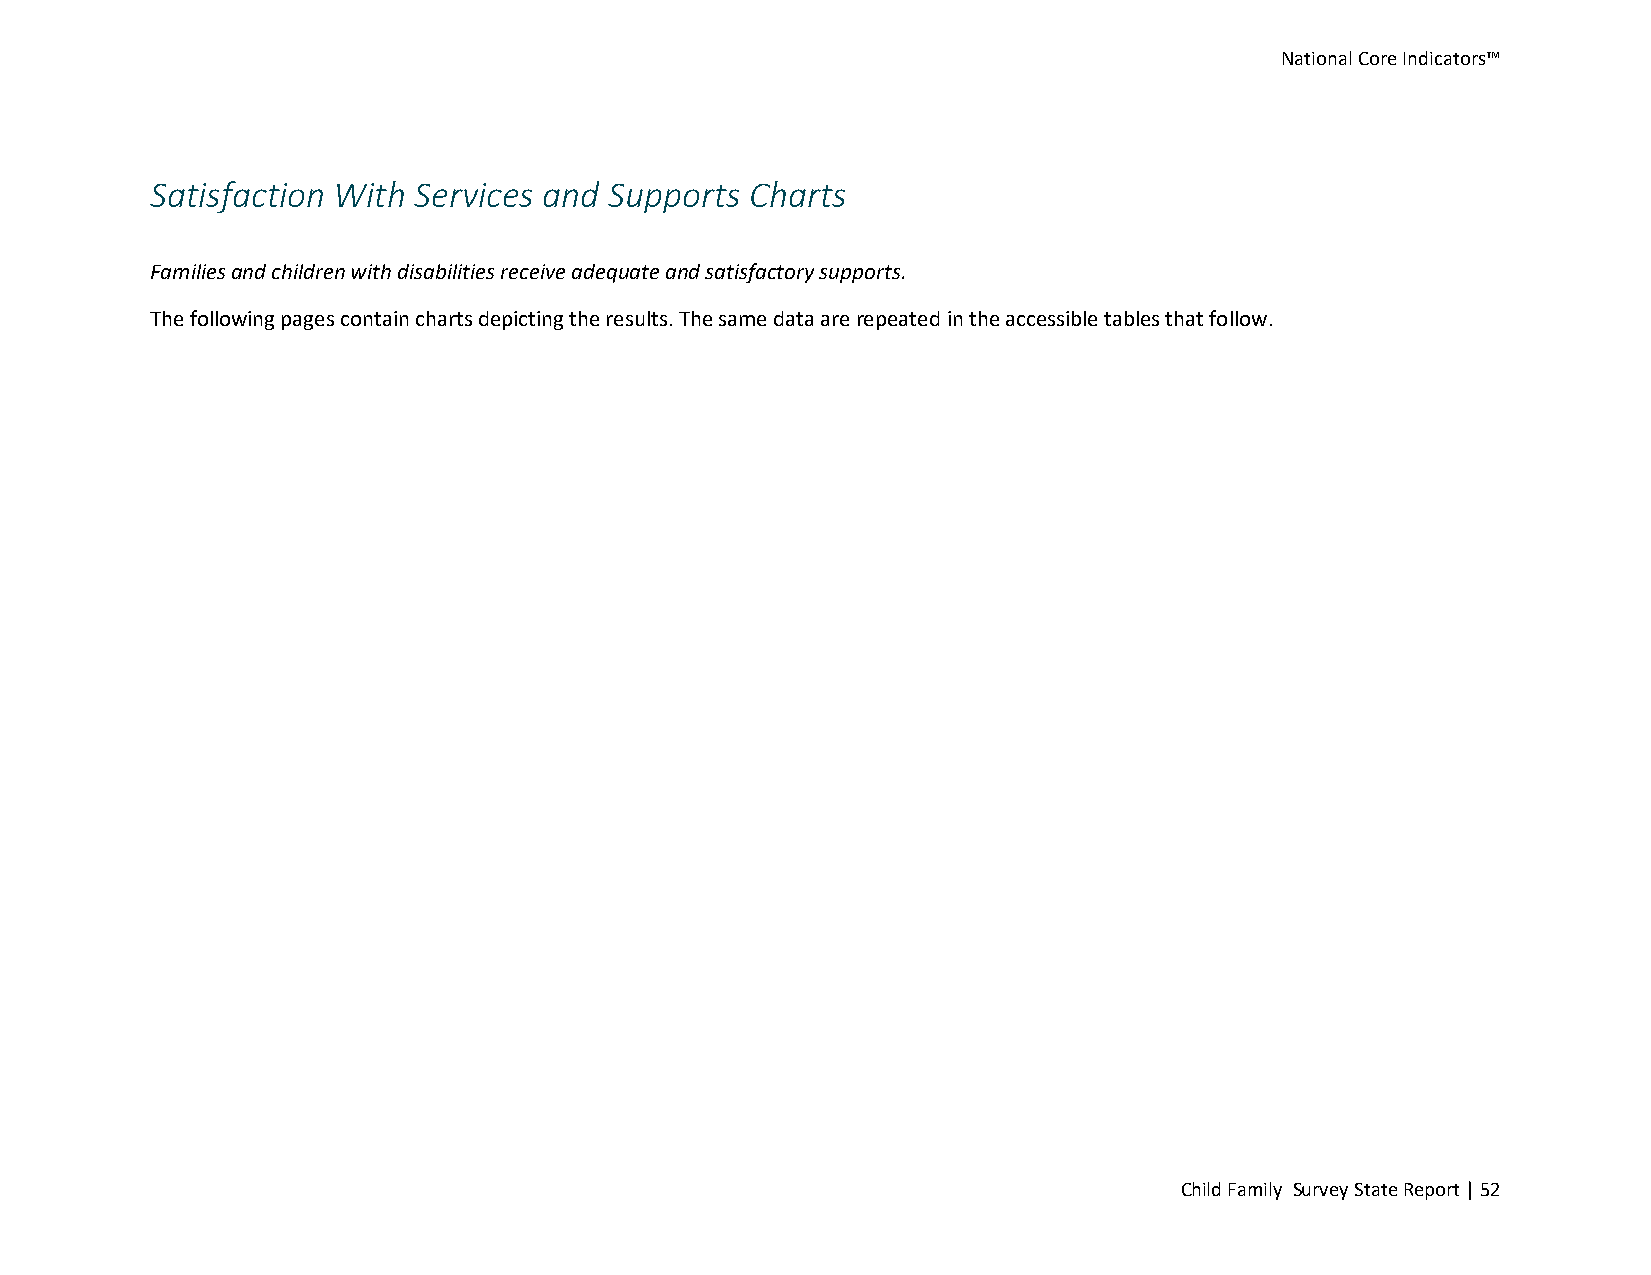
National Core Indicators™
 Satisfaction With Services and Supports Charts
 Families and children with disabilities receive adequate and satisfactory supports.
 The following pages contain charts depicting the results. The same data are repeated in the accessible tables that follow.
 Child Family Survey State Report | 52